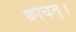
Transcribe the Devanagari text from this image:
क्वचित्‌।